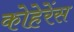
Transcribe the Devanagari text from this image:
कोहेरेंस